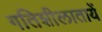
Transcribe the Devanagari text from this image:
गतिशीलातायें